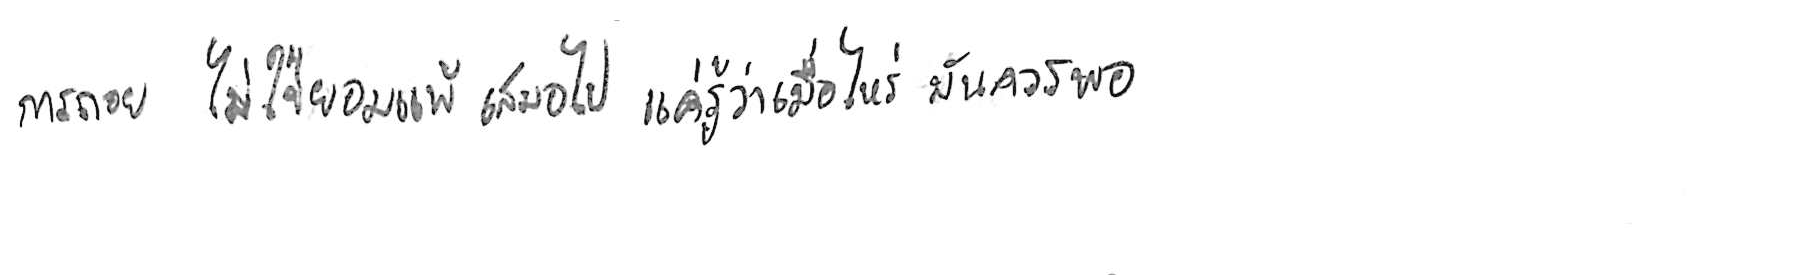
การถอย ไม่ใช่ยอมแพ้ เสมอไป แค่รู้ว่าเมื่อไหร่ มันควรพอ